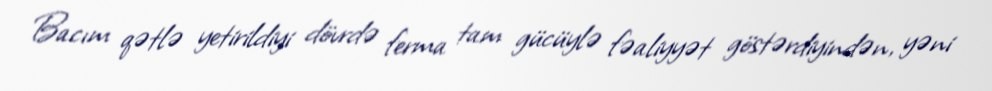
Bacım qətlə yetirildiyi dövrdə ferma tam gücüylə fəaliyyət göstərdiyindən, yəni